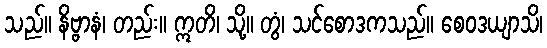
သည်။ နိဗ္ဗာနံ၊ တည်း။ ဣတိ၊ သို့။ တွံ၊ သင်စောဒကသည်။ စေဝဒယျာသိ၊